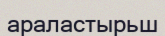
араластырьш